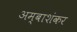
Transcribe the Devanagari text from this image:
अम्बाशंकर